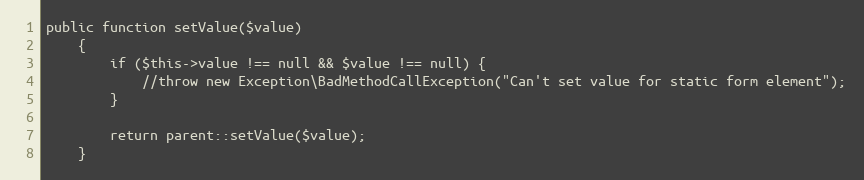
Language: PHP
public function setValue($value)
    {
        if ($this->value !== null && $value !== null) {
            //throw new Exception\BadMethodCallException("Can't set value for static form element");
        }

        return parent::setValue($value);
    }